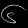
Digit: ၆